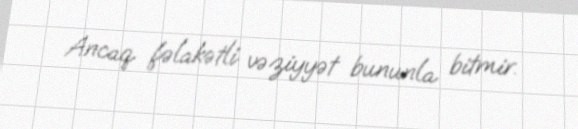
Ancaq fəlakətli vəziyyət bununla bitmir.